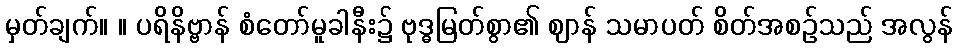
မှတ်ချက်။ ။ ပရိနိဗ္ဗာန် စံတော်မူခါနီး၌ ဗုဒ္ဓမြတ်စွာ၏ ဈာန် သမာပတ် စိတ်အစဉ်သည် အလွန်